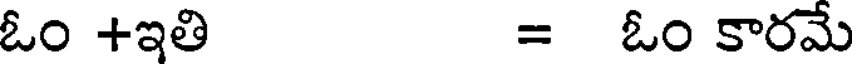
ఓం +ఇతి = ఓం కారమే